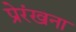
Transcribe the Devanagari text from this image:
प्रेरंखना